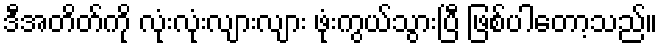
ဒီအတိတ်ကို လုံးလုံးလျားလျား ဖုံးကွယ်သွားပြီ ဖြစ်ပါတော့သည်။